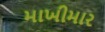
માખીમાર